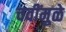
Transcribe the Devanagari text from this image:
चवींमुळे